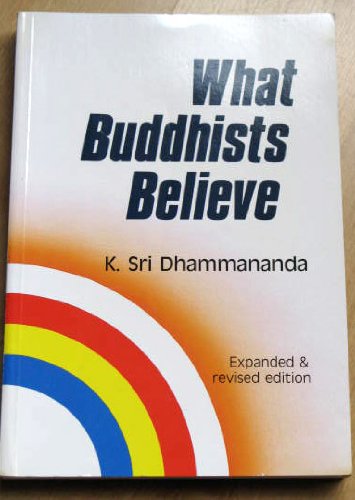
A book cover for What Buddhists Believe (Expanded and Revised Edition); K. Sri Dhammananda; Health, Fitness & Dieting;